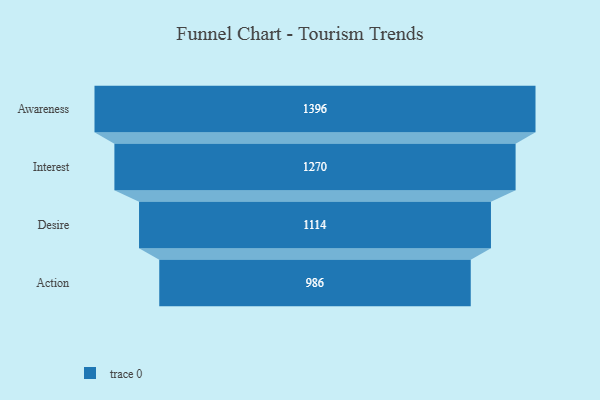
{"axis": {"x": "Stage", "y": "Value"}, "legend": [""], "data": [{"x": "Awareness", "y": 1396.0, "type": ""}, {"x": "Interest", "y": 1270.0, "type": ""}, {"x": "Desire", "y": 1114.0, "type": ""}, {"x": "Action", "y": 986.0, "type": ""}]}